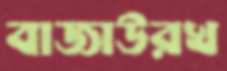
বাজাউরখ